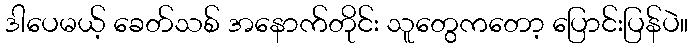
ဒါပေမယ့် ခေတ်သစ် အနောက်တိုင်း သူတွေကတော့ ပြောင်းပြန်ပဲ။